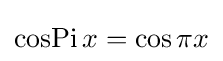
\operatorname {cosPi} x=\cos \pi x